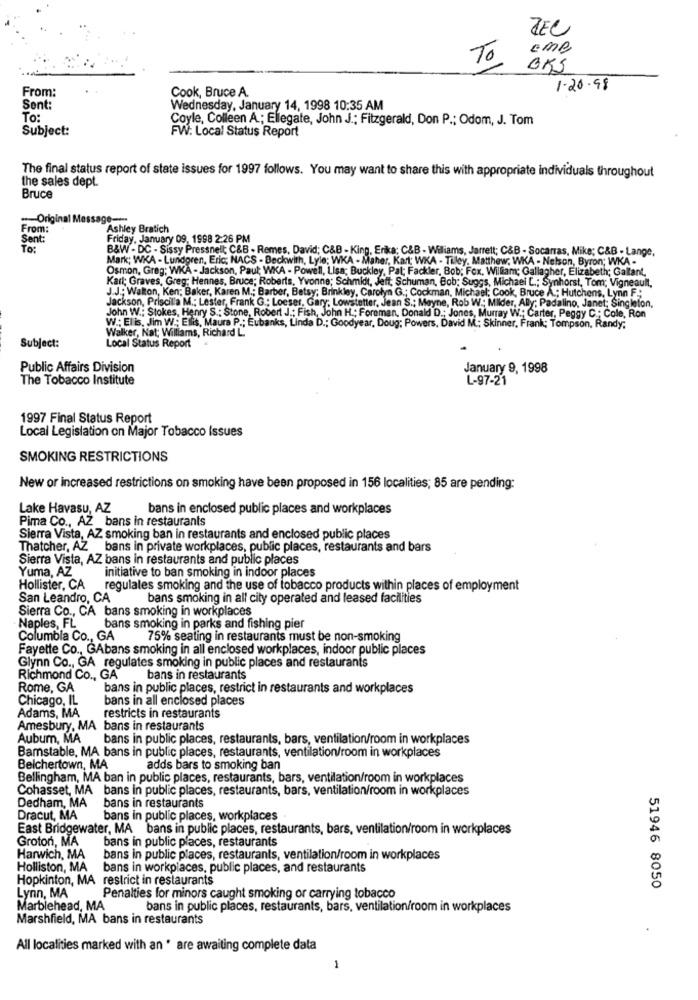
JEC
Eme
To
OKS
From:
Cook, Bruce A.
1.20.98
Sent:
Wednesday, January 14, 1998 10:35 AM
To:
Coyle, Colleen A .; Ellegate, John J .; Fitzgerald, Don P .; Odom, J. Tom
Subject:
FW: Local Status Report
The final status report of state issues for 1997 follows. You may want to share this with appropriate individuals throughout
the sales dept.
Bruce
-Origina
age ----
From:
Ashley Bratich
Sent:
Friday, January 09, 1998 2:26 PM
To:
B&W - DC - Sissy Pressnelt; C&B - Remes, David; C&B - King, Erika; C&B - Wiliams, Jarrett; C&B - Socarras, Mike; C&B - Lange,
Mark; WKA - Lundgren, Eric; NACS - Beckwith, Lyle; WKA - Maher, Karl: WKA - Tilley, Matthew; WKA - Nelson, Byron; WKA -
Osmon, Greg; WKA - Jackson, Paul; WKA - Powell, Lisa; Buckley, Pat; Fackler, Bob; Fox. William; Gallagher, Elizabeth; Gallant,
Kart; Graves, Greg: Hennes, Bruce; Roberts, Yvonne; Schmidt, Jeff; Schuman, Bob; Suggs, Michael L .; Synhorst, Tom; Vigneault,
J.J .; Walton, Ken; Baker, Karen M .; Barber, Betsy; Brinkley, Carolyn G .; Cockman, Michael; Cook, Bruce A .; Hutchens, Lynn F;
Jackson, Priscilla M .; Lester, Frank G .; Loeser, Gary: Lowstetter, Jean S .: Mayne, Rob W: Milder, Ally; Padalino, Janet; Singleton,
John W .; Stokes, Henry S .: Stone, Robert J .; Fish, John H .; Foreman, Donald D .: Jones, Murray W .; Carter, Peggy C .; Cole, Ron
W .: Elis, Jim W .; Ellis, Maura P .; Eubanks, Linda D .; Goodyear, Doug; Powers, David M .; Skinner, Frank; Tompson, Randy;
Subject:
Walker, Nat; Williams, Richard L.
Local Status Report
Public Affairs Division
January 9, 1998
The Tobacco Institute
L-97-21
1997 Final Status Report
Local Legislation on Major Tobacco Issues
SMOKING RESTRICTIONS
New or increased restrictions on smoking have been proposed in 156 localities; 85 are pending:
Lake Havasu, AZ
bans in enclosed public places and workplaces
Pima Co ., AZ_bans in restaurants
Sierra Vista, AZ smoking ban in restaurants and enclosed public places
Thatcher, AZ bans in private workplaces, public places, restaurants and bars
Sierra Vista, AZ bans in restaurants and public places
Yuma, AZ
initiative to ban smoking in indoor places
Hollister, CA regulates smoking and the use of tobacco products within places of employment
San Leandro, CA
bans smoking in all city operated and leased facilities
Sierra Co ., CA bans smoking in workplaces
Naples, FL
bans smoking in parks and fishing pier
Columbia Co ., GA
75% seating in restaurants must be non-smoking
Fayette Co ., GAbans smoking in all enclosed workplaces, indoor public places
Glynn Co ., GA regulates smoking in public places and restaurants
Richmond Co ., GA
bans in restaurants
Rome, GA
bans in public places, restrict in restaurants and workplaces
Chicago, IL
bans in all enclosed places
Adams, MA
restricts in restaurants
Amesbury, MA bans in restaurants
Aubum, MA
bans in public places, restaurants, bars, ventilation/room in workplaces
Bamstable, MA bans in public places, restaurants, ventilation/room in workplaces
Belchertown, MA
adds bars to smoking ban
Bellingham, MA ban in public places, restaurants, bars, ventilation/room in workplaces
Cohasset, MA bans in public places, restaurants, bars, ventilation/room in workplaces
Dedham, MA
bans in restaurants
Dracut, MA
bans in public places, workplaces
East Bridgewater, MA bans in public places, restaurants, bars, ventilation/room in workplaces
Groton, MA
bans in public places, restaurants
Harwich, MA
bans in public places, restaurants, ventilation/room in workplaces
Holliston, MA
bans in workplaces, public places, and restaurants
Hopkinton, MA restrict in restaurants
Lynn, MA
51946 8050
Penalties for minors caught smoking or carrying tobacco
Marblehead, MA
bans in public places, restaurants, bars, ventilation/room in workplaces
Marshfield, MA bans in restaurants
All localities marked with an * are awaiting complete data
1